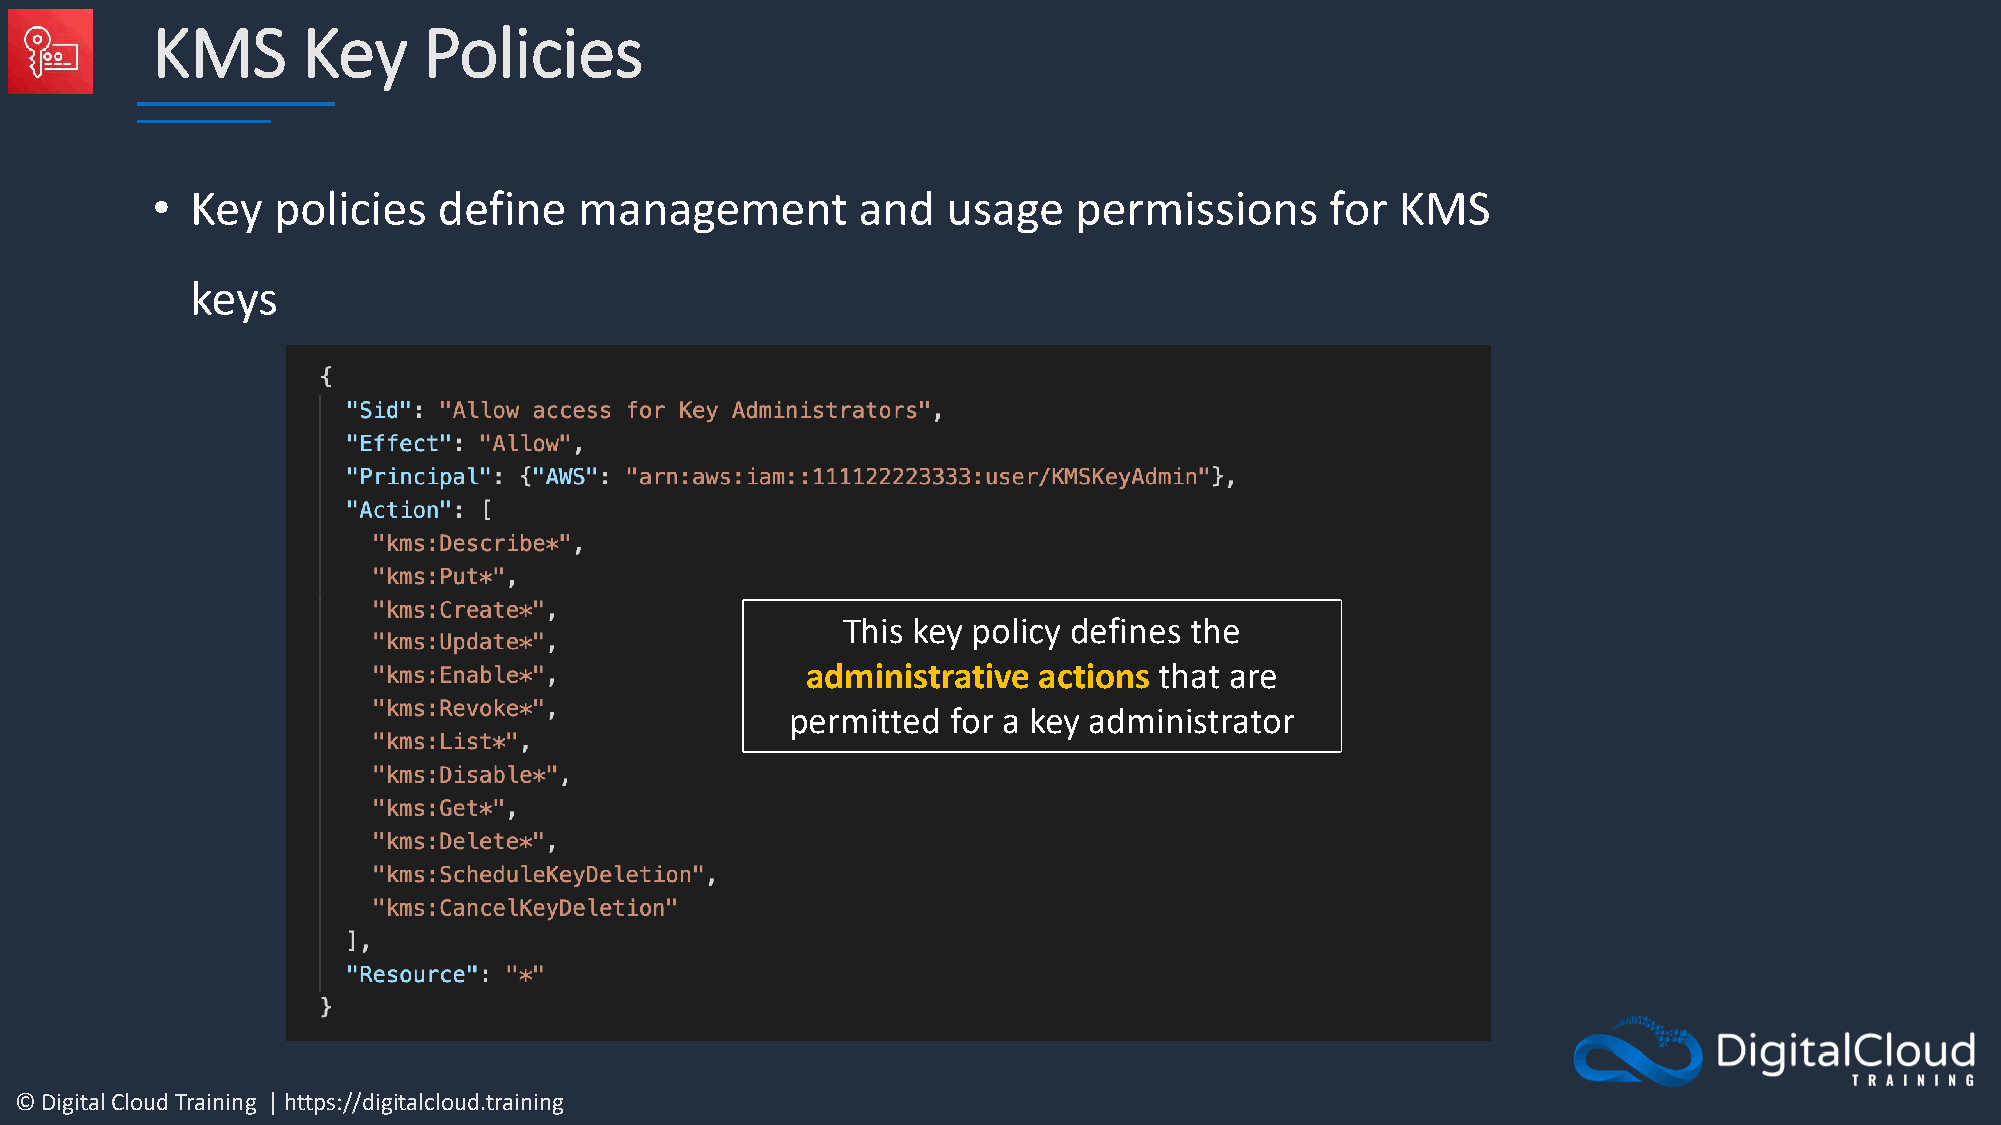
KMS       Key     Policies
 •  Key  policies   define   management         and   usage   permissions      for  KMS
 keys
 This key policy defines the
 administrative  actions that are
 permitted  for a key administrator
 © Digital Cloud Training | https://digitalcloud.training